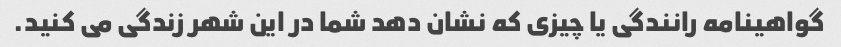
گواهینامه رانندگی یا چیزی که نشان دهد شما در این شهر زندگی می کنید.